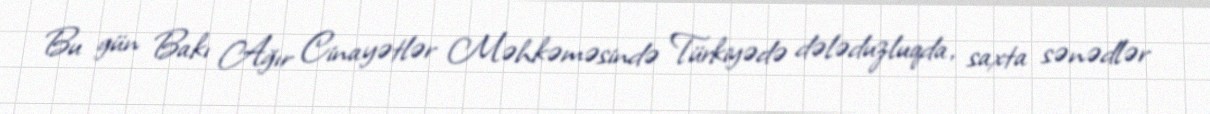
Bu gün Bakı Ağır Cinayətlər Məhkəməsində Türkiyədə dələduzluqda, saxta sənədlər